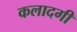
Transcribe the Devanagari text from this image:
कलादगी